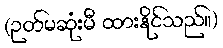
(ဉတ်မဆုံးမီ ထားနိုင်သည်။)